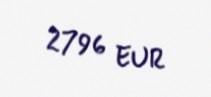
2796 EUR